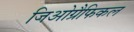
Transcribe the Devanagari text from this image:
जिओग्रैफिकल